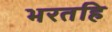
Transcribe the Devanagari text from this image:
भरतहि